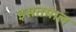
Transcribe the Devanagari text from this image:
इसतमाल